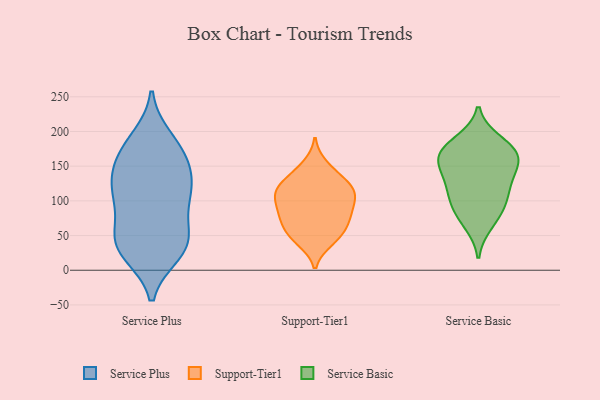
{"axis": {"x": "Population (Million)", "y": "Value"}, "legend": ["Service Basic", "Service Plus", "Support-Tier1"], "data": [{"x": "", "y": 38, "type": "Service Plus"}, {"x": "", "y": 175, "type": "Service Plus"}, {"x": "", "y": 104, "type": "Service Plus"}, {"x": "", "y": 136, "type": "Service Plus"}, {"x": "", "y": 41, "type": "Service Plus"}, {"x": "", "y": 152, "type": "Service Plus"}, {"x": "", "y": 108, "type": "Service Plus"}, {"x": "", "y": 29, "type": "Service Plus"}, {"x": "", "y": 54, "type": "Service Plus"}, {"x": "", "y": 179, "type": "Service Plus"}, {"x": "", "y": 107, "type": "Service Plus"}, {"x": "", "y": 105, "type": "Service Plus"}, {"x": "", "y": 24, "type": "Service Plus"}, {"x": "", "y": 131, "type": "Service Plus"}, {"x": "", "y": 62, "type": "Service Plus"}, {"x": "", "y": 155, "type": "Service Plus"}, {"x": "", "y": 29, "type": "Service Plus"}, {"x": "", "y": 190, "type": "Service Plus"}, {"x": "", "y": 82, "type": "Support-Tier1"}, {"x": "", "y": 116, "type": "Support-Tier1"}, {"x": "", "y": 114, "type": "Support-Tier1"}, {"x": "", "y": 104, "type": "Support-Tier1"}, {"x": "", "y": 46, "type": "Support-Tier1"}, {"x": "", "y": 84, "type": "Support-Tier1"}, {"x": "", "y": 102, "type": "Support-Tier1"}, {"x": "", "y": 119, "type": "Support-Tier1"}, {"x": "", "y": 142, "type": "Support-Tier1"}, {"x": "", "y": 67, "type": "Support-Tier1"}, {"x": "", "y": 122, "type": "Support-Tier1"}, {"x": "", "y": 71, "type": "Support-Tier1"}, {"x": "", "y": 47, "type": "Support-Tier1"}, {"x": "", "y": 129, "type": "Support-Tier1"}, {"x": "", "y": 82, "type": "Support-Tier1"}, {"x": "", "y": 42, "type": "Support-Tier1"}, {"x": "", "y": 102, "type": "Support-Tier1"}, {"x": "", "y": 152, "type": "Support-Tier1"}, {"x": "", "y": 60, "type": "Support-Tier1"}, {"x": "", "y": 164, "type": "Service Basic"}, {"x": "", "y": 178, "type": "Service Basic"}, {"x": "", "y": 82, "type": "Service Basic"}, {"x": "", "y": 186, "type": "Service Basic"}, {"x": "", "y": 168, "type": "Service Basic"}, {"x": "", "y": 136, "type": "Service Basic"}, {"x": "", "y": 157, "type": "Service Basic"}, {"x": "", "y": 113, "type": "Service Basic"}, {"x": "", "y": 67, "type": "Service Basic"}, {"x": "", "y": 135, "type": "Service Basic"}, {"x": "", "y": 94, "type": "Service Basic"}, {"x": "", "y": 109, "type": "Service Basic"}, {"x": "", "y": 163, "type": "Service Basic"}]}